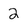
Character: 2